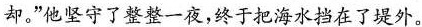
却。”他坚守了整整一夜，终于把海水挡在了堤外。